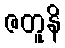
ဇတူနိ